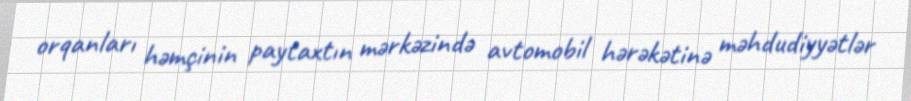
orqanları həmçinin paytaxtın mərkəzində avtomobil hərəkətinə məhdudiyyətlər